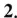
2.